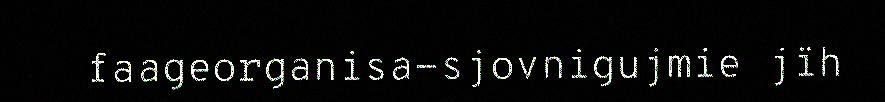
faageorganisa-sjovnigujmie jïh